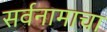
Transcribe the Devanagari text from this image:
सर्वनामाचा